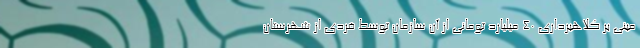
مبنی بر کلاهبرداری 40 میلیارد تومانی از آن سازمان توسط فردی از شهرستان